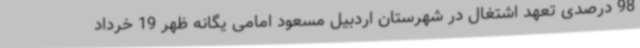
98 درصدی تعهد اشتغال در شهرستان اردبیل مسعود امامی یگانه ظهر 19 خرداد